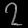
Digit: ၇